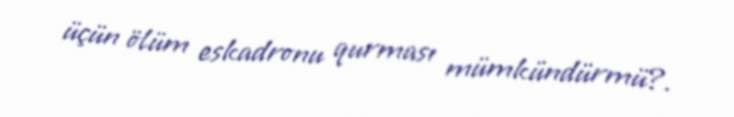
üçün ölüm eskadronu qurması mümkündürmü?.